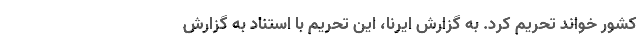
کشور خواند تحریم کرد. به گزارش ایرنا، این تحریم با استناد به گزارش